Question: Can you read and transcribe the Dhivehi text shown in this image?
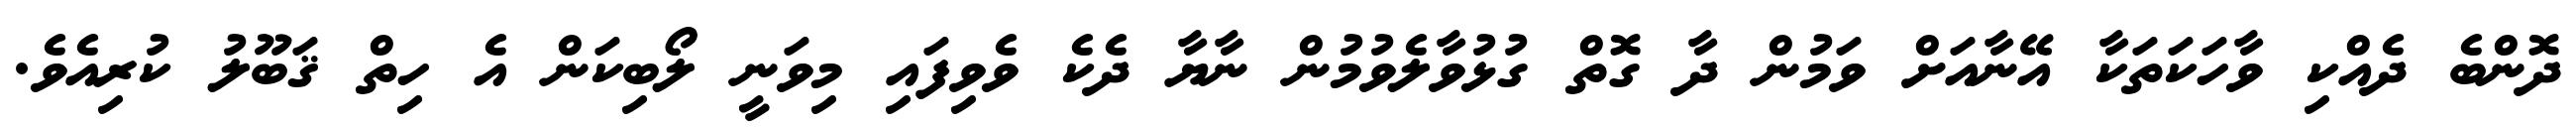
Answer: ދޮންބެ ދެއްކި ވާހަކަތަކާ އޭނާއަށް ވަމުން ދާ ގޮތް ގުޅުވާލެވުމުން ނާޔާ ދެކެ ވެވިފައި މިވަނީ ލޯބިކަން އެ ހިތް ޤަބޫލު ކުރިއެވެ.